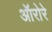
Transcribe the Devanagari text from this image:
ऑरोरे